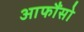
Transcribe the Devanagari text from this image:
आफौंसो